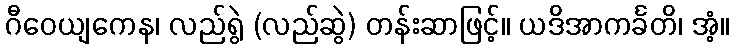
ဂီဝေယျကေန၊ လည်ရွဲ (လည်ဆွဲ) တန်းဆာဖြင့်။ ယဒိအာကင်္ခတိ၊ အံ့။